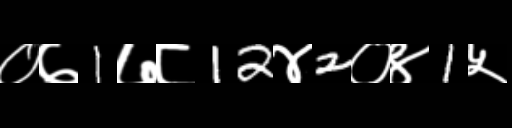
Text: ०७1७८12४2०४1५